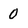
Character: 0